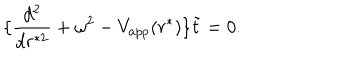
\{ { \frac { d ^ { 2 } } { d r ^ { * 2 } } } + \omega ^ { 2 } - V _ { a p p } ( r ^ { * } ) \} \tilde { t } = 0 .